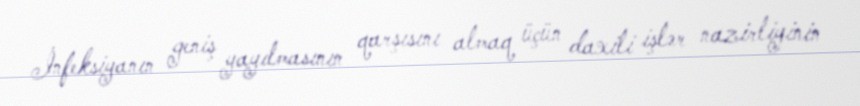
İnfeksiyanın geniş yayılmasının qarşısını almaq üçün daxili işlər nazirliyinin